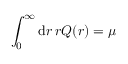
\int _ { 0 } ^ { \infty } \mathrm { d } r \, r Q ( r ) = \mu